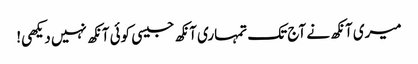
میری آنکھ نے آج تک تمہاری آنکھ جیسی کوئی آنکھ نہیں دیکھی!